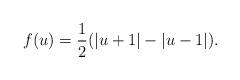
LaTeX: \begin{align*}f(u)=\frac{1}{2}(|u+1|-|u-1|).\end{align*}